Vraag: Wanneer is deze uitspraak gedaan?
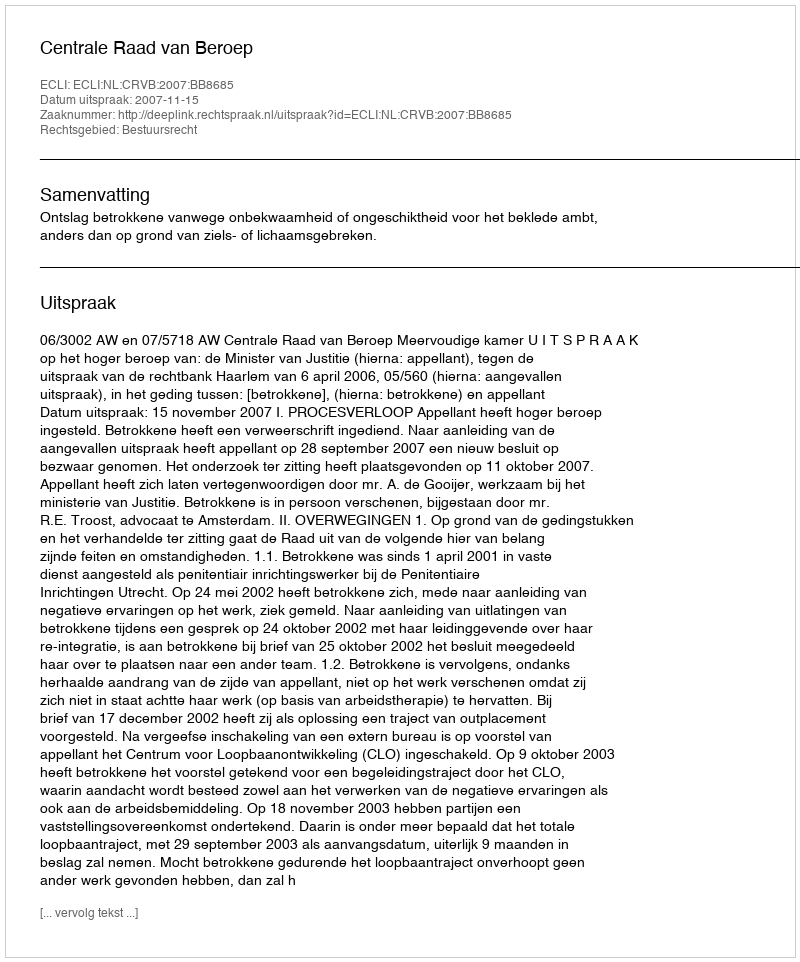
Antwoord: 2007-11-15